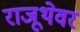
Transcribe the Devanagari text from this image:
राजूथेवर